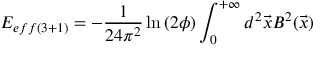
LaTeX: E _ { e f f ( 3 + 1 ) } = - \frac { 1 } { 2 4 \pi ^ { 2 } } \ln \left( 2 \phi \right) \int _ { 0 } ^ { + \infty } d ^ { 2 } \vec { x } B ^ { 2 } ( \vec { x } )